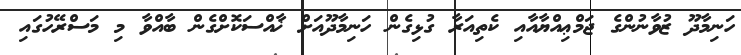
ހަނިމާދޫ ޒުވާނުންގެ ޖަމްޢިއްޔާއާއި ކެތިއަރާ ގުޅިގެން ހަނިމާދޫއަށް ޚާއްސަކޮށްގެން ބާއްވާ މި މަސްރޭހުގައި